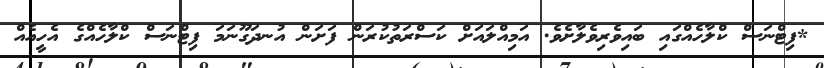
*ފިޓްނަސް ކްލާހެއްގައި ބައިވެރިވެލާށެވެ. އަމިއްލައަށް ކަސްރަތުކުރަން ފަށަން އުނދަގޫނަމަ ފިޓްނަސް ކްލާހެއްގެ އެހީއެއް